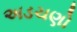
અડચણો